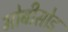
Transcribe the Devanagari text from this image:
मोबीसोड